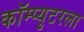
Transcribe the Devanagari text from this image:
कॉम्प्युटरला